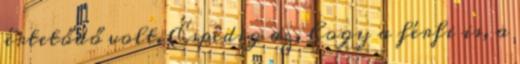
értetődő volt. Éspedig az, hogy a férfi is, a